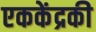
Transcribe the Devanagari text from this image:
एककेंद्रकी